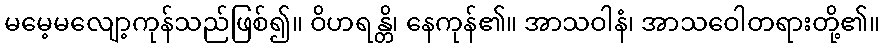
မမေ့မလျော့ကုန်သည်ဖြစ်၍။ ဝိဟရန္တိ၊ နေကုန်၏။ အာသဝါနံ၊ အာသဝေါတရားတို့၏။